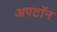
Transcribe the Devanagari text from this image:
अपटॉन